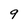
Character: 9